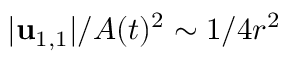
\vert \mathbf { u } _ { 1 , 1 } \vert / A ( t ) ^ { 2 } \sim 1 / 4 r ^ { 2 }